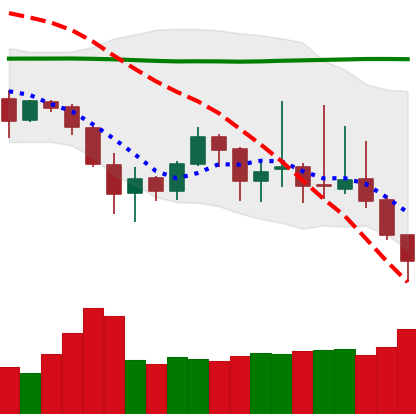
Ticker: DOGE-USD
Chart end date: 2019-08-29
Forward return: 5.918%
Label: up_5_7